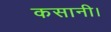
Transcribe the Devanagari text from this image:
कसानी।